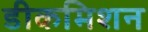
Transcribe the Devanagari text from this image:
डीकमिशन